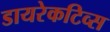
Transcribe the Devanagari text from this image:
डायरेकटिव्स